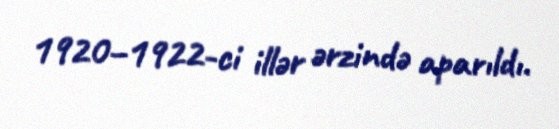
1920–1922-ci illər ərzində aparıldı.